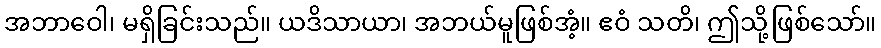
အဘာဝေါ၊ မရှိခြင်းသည်။ ယဒိသာယာ၊ အဘယ်မူဖြစ်အံ့။ ဧဝံ သတိ၊ ဤသို့ဖြစ်သော်။